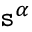
\mathtt { s } ^ { \alpha }